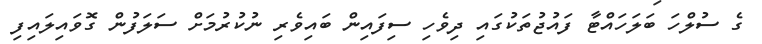
ގެ ސުލްހަ ބަލަހައްޓާ ފައުޖުތަކުގައި ދިވެހި ސިފައިން ބައިވެރި ނުކުރުމަށް ސަލަފުން ގޮވައިލައިފި